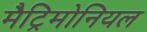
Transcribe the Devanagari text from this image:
मैट्रिमोनियल